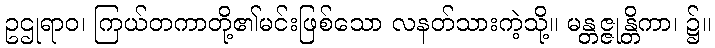
ဥဌုရာဝ၊ ကြယ်တကာတို့၏မင်းဖြစ်သော လနတ်သားကဲ့သို့။ မန္တဇ္ဇုန္တိကာ၊ ၌။